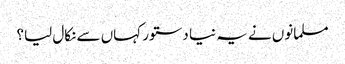
مسلمانوں نے یہ نیا دستور کہاں سے نکال لیا؟